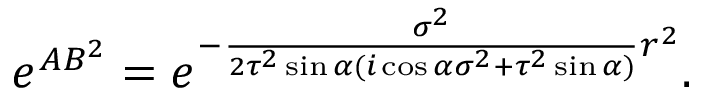
e ^ { A B ^ { 2 } } = e ^ { - \frac { \sigma ^ { 2 } } { 2 \tau ^ { 2 } \sin { \alpha } ( i \cos \alpha \sigma ^ { 2 } + \tau ^ { 2 } \sin { \alpha } ) } r ^ { 2 } } .